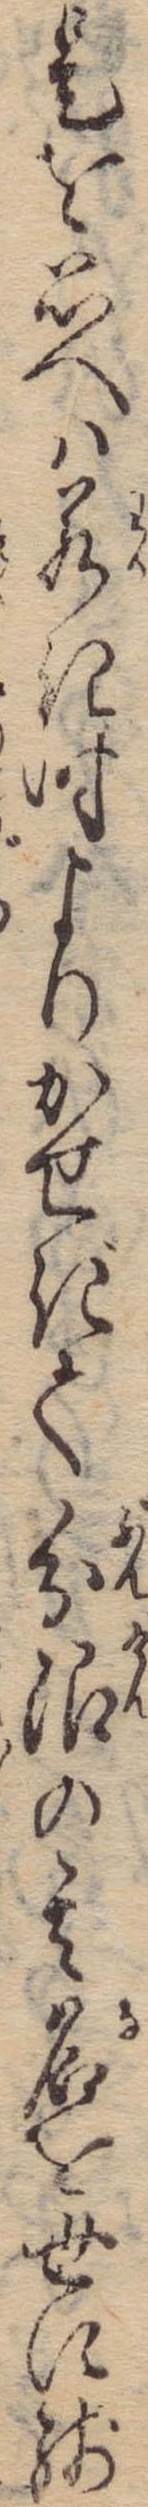
是を思へは若き時よりかせぎて分限の其名を世に残